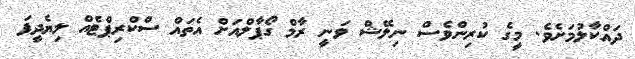
ދައްކާލުމަށެވެ. މީގެ ކުރިންވެސް ނިލޭޝް ވަނީ ރާމް ގޯޕާލްއަށް އެތައް ސްކްރިޕްޓެއް ލިޔެދީފަ